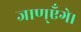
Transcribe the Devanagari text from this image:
जाण्‌एँगे।